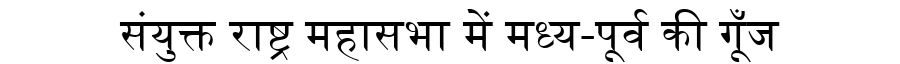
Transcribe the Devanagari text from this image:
संयुक्त राष्ट्र महासभा में मध्य-पूर्व की गूँज